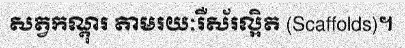
សត្វកណ្តុរ តាមរយៈរឺស័រល្អិត (Scaffolds)។